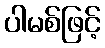
ပါမစ်ဖြင့်